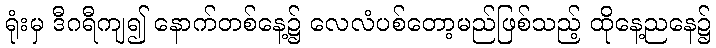
ရုံးမှ ဒီဂရီကျ၍ နောက်တစ်နေ့၌ လေလံပစ်တော့မည်ဖြစ်သည့် ထိုနေ့ညနေ၌